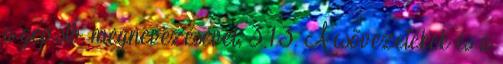
a gép stb. megnevezésével. 3.1.3. A csõvezetékek és a